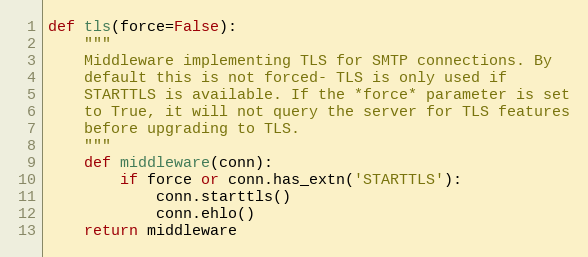
Language: Python
def tls(force=False):
    """
    Middleware implementing TLS for SMTP connections. By
    default this is not forced- TLS is only used if
    STARTTLS is available. If the *force* parameter is set
    to True, it will not query the server for TLS features
    before upgrading to TLS.
    """
    def middleware(conn):
        if force or conn.has_extn('STARTTLS'):
            conn.starttls()
            conn.ehlo()
    return middleware